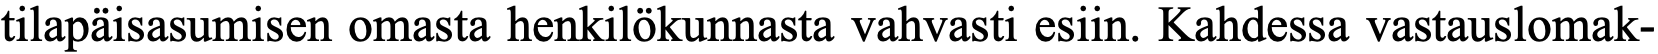
tilapäisasumisen omasta henkilökunnasta vahvasti esiin. Kahdessa vastauslomak-